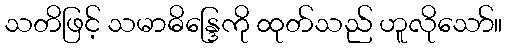
သတိဖြင့် သမာဓိန္ဒြေကို ထုတ်သည် ဟူလိုသော်။